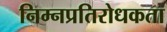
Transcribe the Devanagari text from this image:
निम्नप्रतिरोधकता